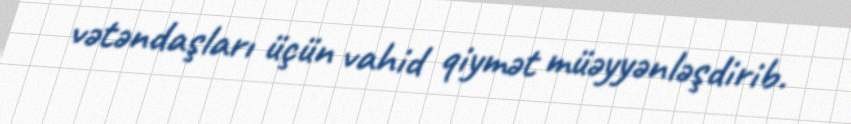
vətəndaşları üçün vahid qiymət müəyyənləşdirib.